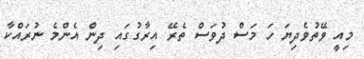
މިއީ ވޭތުވެދިޔަ ހަ މަސް ދުވަސް ތެރޭ އިރާގުގައި ދިން އެންމެ ނުރައްކާ